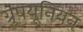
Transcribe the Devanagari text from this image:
ग्रुपयूनियन